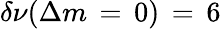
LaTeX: \delta\nu(\Delta m\, =\, 0)\, =\, 6